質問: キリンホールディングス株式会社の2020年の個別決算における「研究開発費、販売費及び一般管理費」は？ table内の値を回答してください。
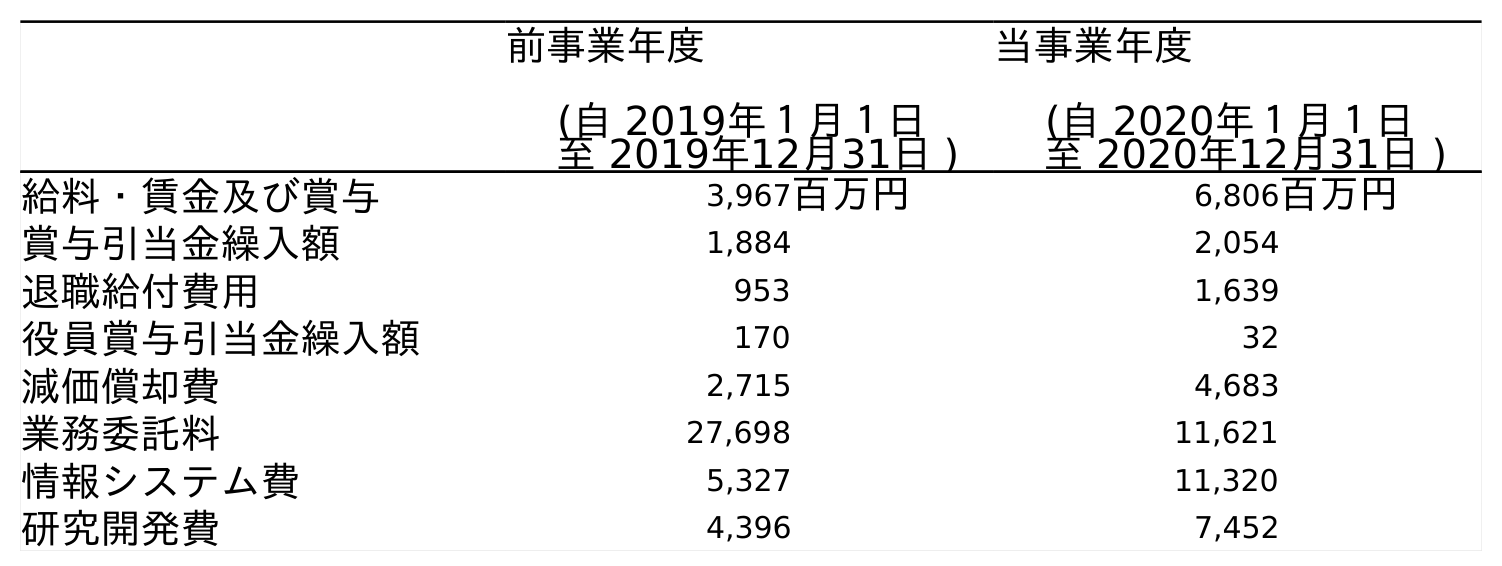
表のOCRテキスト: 前事業年度 (自 2019年１月１日 至 2019年12月31日 ) 当事業年度 (自 2020年１月１日 至 2020年12月31日 ) 給料・賃金及び賞与 3,967百万円 6,806百万円 賞与引当金繰入額 1,884 2,054 退職給付費用 953 1,639 役員賞与引当金繰入額 170 32 減価償却費 2,715 4,683 業務委託料 27,698 11,621 情報システム費 5,327 11,320 研究開発費 4,396 7,452
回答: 7,452